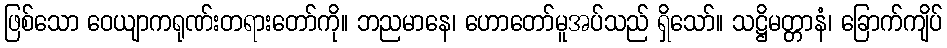
ဖြစ်သော ဝေယျာကရုဏ်းတရားတော်ကို။ ဘညမာနေ၊ ဟောတော်မူအပ်သည် ရှိသော်။ သဋ္ဌိမတ္တာနံ၊ ခြောက်ကျိပ်